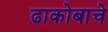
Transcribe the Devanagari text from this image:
ढाकोबाचे